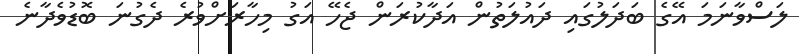
ލަސްވާނަމަ އޭގެ ބަދަލުގައި ދައުލަތުން އަދާކުރަން ޖެހޭ އަގު މިހާރަށްވުރެ ދެގުނަ ބޮޑުވެދާނެ